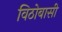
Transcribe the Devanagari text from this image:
विठोबासी